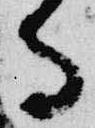
寺